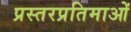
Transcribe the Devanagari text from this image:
प्रस्तरप्रतिमाओं